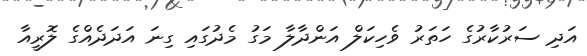
އަދި ސަރުކާރުގެ ހަތަރު ވެހިކަލް އަންދާލާ މަގު މެދުގައި ގިނަ އަދަދެއްގެ ލޮރީއާ